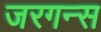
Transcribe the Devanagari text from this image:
जरगन्स